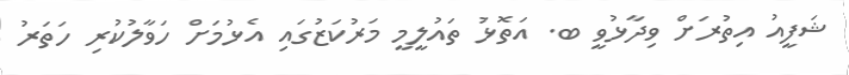
ޝަފީއު އިތުރަށް ވިދާޅުވީ ބ. އަތޮޅު ތައުލީމީ މަރުކަޒުގައި އެޅުމަށް ހަވާލުކުރި ހަތަރު